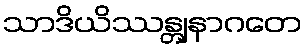
သာဒိယိဿန္တျနာဂတေ